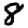
Digit: 8